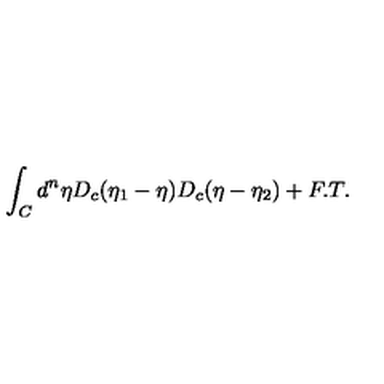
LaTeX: \int _ { C } d ^ { n } \eta D _ { c } ( \eta _ { 1 } - \eta ) D _ { c } ( \eta - \eta _ { 2 } ) + F . T .